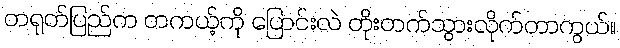
တရုတ်ပြည်က တကယ့်ကို ပြောင်းလဲ တိုးတက်သွားလိုက်တာကွယ်။